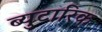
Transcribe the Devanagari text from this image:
ब्युटारिक